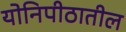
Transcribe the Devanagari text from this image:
योनिपीठातील